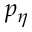
p _ { \eta }